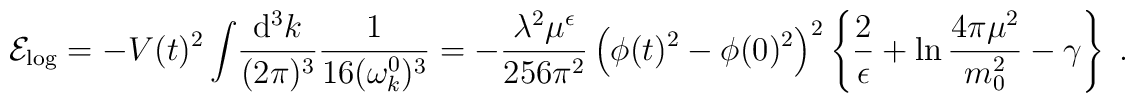
{\cal E}_{\rm log} =- V(t)^2\int\!\frac{{\rm d^3}k}{(2\pi)^3}\frac{1}{16 (\omega_k^0)^3}=-\frac{\lambda^2\mu^\epsilon}{256\pi^2}\left( \phi(t)^2 - \phi(0)^2\right)^2\left\{\frac{2}{\epsilon}+\ln\frac{4\pi\mu^2}{m_0^2} -\gamma \right\} \;.